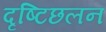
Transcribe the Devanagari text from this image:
दृष्टिछलन